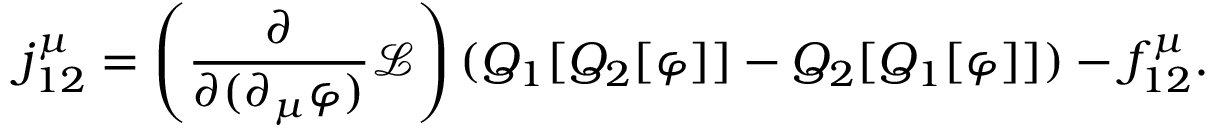
j _ { 1 2 } ^ { \mu } = \left( { \frac { \partial } { \partial ( \partial _ { \mu } \varphi ) } } { \mathcal { L } } \right) ( Q _ { 1 } [ Q _ { 2 } [ \varphi ] ] - Q _ { 2 } [ Q _ { 1 } [ \varphi ] ] ) - f _ { 1 2 } ^ { \mu } .